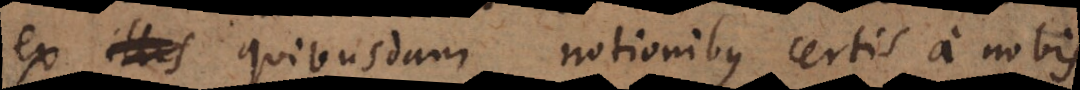
ex quibusdam notionibus certis a nob